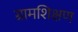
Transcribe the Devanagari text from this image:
ग्रामशिक्षण